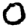
Digit: 0